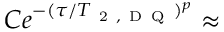
C e ^ { - ( \tau / T _ { \mathrm { ~ 2 ~ , ~ D ~ Q ~ } } ) ^ { p } } \approx